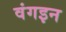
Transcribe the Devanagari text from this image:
वंगइन